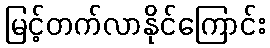
မြင့်တက်လာနိုင်ကြောင်း